Lunatic asylums Madras 1877-1891 - 1877-1891
Year: 1877
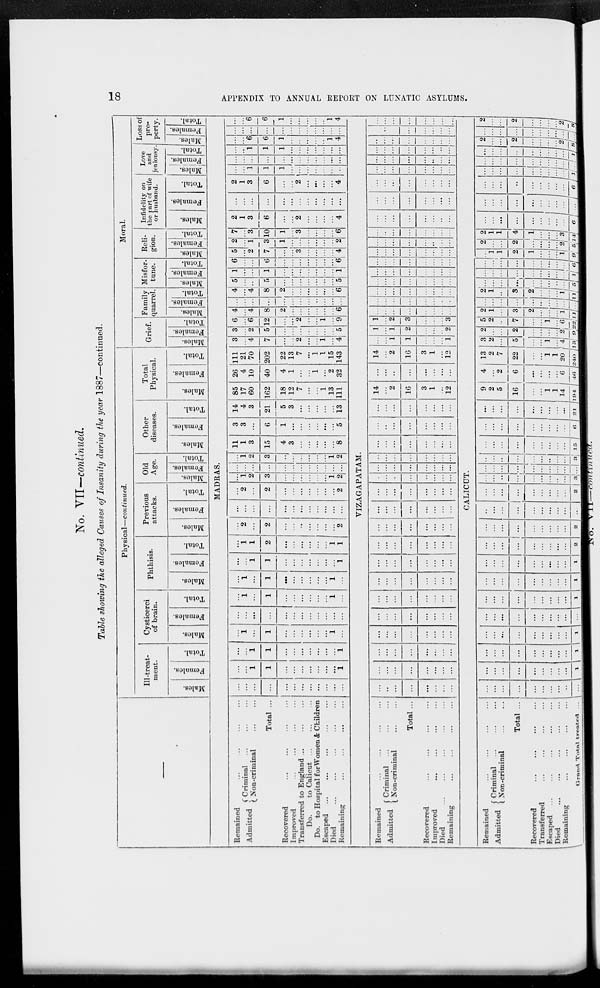
18
APPENDIX TO ANNUAL REPORT ON LUNATIC ASYLUMS.
No. VII—continued.
Table showing the alleged Causes of Insanity during the year 1887—continued.
—
Physical—continued.
Ill-treat-
ment.
Males.
Females.
Total.
Cysticerci
of brain.
Males.
Females.
Total.
Phthisis.
Males.
Females.
Total.
Previous
attacks.
Males.
Females.
Total.
Males.
Old
Age.
Females.
Total.
Other
diseases.
Males.
Females.
Total.
Total
Physical.
Males.
Females.
Total.
Moral.
Grief.
Males.
Females.
Total.
Family
quarrel.
Males.
Females.
Total.
Misfor-
tune.
Males.
Females.
Total.
Reli-
gion.
Males.
Females.
Total.
Infidelity on
the part of wife
or husband.
Males.
Females.
Total.
Love
and
jealousy
Males.
Females.
Total.
Loss of
pro-
perty.
Males.
Females.
Total.
MADRAS.
Remained ... ... ... ...
Admitted
Criminal ... ... ...
Non-criminal ... ...
Total ...
Recovered
...
...
...
...
Improved ... ... ... ...
Transferred to England
...
...
...
Do.
to Calicut ... ... ...
Do. to Hospital for Women & Children
Escaped ... ... ... ... ...
Died
...
...
...
...
...
Remaining ... ... ... ...
...
...
...
...
...
...
...
...
...
...
...
...
...
...
1
1
...
...
...
...
...
...
...
1
...
...
1
1
...
...
...
...
...
...
...
1
...
1
...
1
...
...
...
...
...
...
1
...
...
...
...
...
...
...
...
...
...
...
...
...
...
1
...
1
...
...
...
...
...
...
1
...
...
1
...
1
...
...
...
...
...
...
1
...
...
...
1
1
...
...
...
...
...
...
...
1
...
1
1
2
...
...
...
...
...
...
1
1
...
2
...
2
...
...
...
...
...
...
...
2
...
...
...
...
...
...
...
...
...
...
...
...
...
2
...
2
...
...
...
...
...
...
...
2
...
1
2
3
...
...
...
...
...
...
1
2
...
...
...
...
...
...
...
...
...
...
...
...
...
1
2
3
...
...
...
...
...
...
1
2
11
1
3
15
4
3
...
...
...
...
...
8
3
3
...
6
1
...
...
...
...
...
...
5
14
4
3
21
5
3
...
...
...
...
...
13
85
17
60
162
18
12
7
...
...
1
13
111
26
4
10
40
4
1
...
...
1
...
2
32
111
21
70
202
22
13
7
...
1
1
15
143
3
...
4
7
...
...
2
...
...
1
...
4
3
...
2
5
...
...
...
...
...
...
...
5
6
...
6
12
...
...
2
...
...
1
...
9
4
...
4
8
2
...
...
...
...
...
...
6
...
...
...
...
...
...
...
...
...
...
...
...
4
...
4
8
2
...
...
...
...
...
...
6
5
...
...
5
...
...
...
...
...
...
...
5
1
...
...
1
...
...
...
...
...
...
...
1
6
...
...
6
...
...
...
...
...
...
...
6
5
...
2
7
...
...
3
...
...
...
...
4
2
...
1
3
1
...
...
...
...
...
...
2
7
...
3
10
1
...
3
...
...
...
...
6
2
1
3
6
...
...
2
...
...
...
...
4
...
...
...
...
...
...
...
...
...
...
...
...
2
1
3
6
...
...
2
...
...
...
...
4
...
...
1
1
1
...
...
...
...
...
...
...
...
...
...
...
...
...
...
...
...
...
...
...
...
...
1
1
1
...
...
...
...
...
...
...
...
...
6
6
1
...
...
...
...
...
1
4
...
...
...
...
...
...
...
...
...
...
...
...
...
...
6
6
1
...
...
...
...
...
1
4
VIZAGAPATAM.
Remained ... ... ... ...
Admitted
Criminal ... ... ...
Non-criminal
...
...
Total ...
Recovered
...
...
...
...
Improved
...
...
...
...
Died
...
...
...
...
...
Remaining ... ... ... ...
...
...
...
...
...
...
...
...
...
...
...
...
...
...
...
...
...
...
...
...
...
...
...
...
...
...
...
...
...
...
...
...
...
...
...
...
...
...
...
...
...
...
...
...
...
...
...
...
...
...
...
...
...
...
...
...
...
...
...
...
...
...
...
...
...
...
...
...
...
...
...
...
...
...
...
...
...
...
...
...
...
...
...
...
...
...
...
...
...
...
...
...
...
...
...
...
...
...
...
...
...
...
...
...
...
...
...
...
...
...
...
...
...
...
...
...
...
...
...
...
...
...
...
...
...
...
...
...
...
...
...
...
...
...
...
...
...
...
...
...
...
...
...
...
14
...
2
16
3
1
...
12
...
...
...
...
...
...
...
...
14
...
2
16
3
1
...
12
...
...
1
1
...
...
...
1
1
...
1
2
...
...
...
2
1
...
2
3
...
...
...
3
...
...
...
...
...
...
...
...
...
...
...
...
...
...
...
...
...
...
...
...
...
...
...
...
...
...
...
...
...
...
...
...
...
...
...
...
...
...
...
...
...
...
...
...
...
...
...
...
...
...
...
...
...
...
...
...
...
...
...
...
...
...
...
...
...
...
...
...
...
...
...
...
...
...
...
...
...
...
...
...
...
...
...
...
...
...
...
...
...
...
...
...
...
...
...
...
...
...
...
...
...
...
...
...
...
...
...
...
...
...
...
...
...
...
...
...
...
...
...
...
...
...
...
...
...
...
...
...
...
...
...
...
...
...
...
...
...
...
...
...
...
...
...
...
CALICUT.
Remained ... ... ... ...
Admitted
Criminal ... ... ...
Non-criminal ... ...
Total ...
Recovered
... ... ...
...
Transferred
...
...
...
...
Escaped
...
...
...
...
...
Died
...
...
...
...
...
Remaining ... ... ... ...
Grand Total treated ...
...
...
...
...
...
...
...
...
...
...
...
...
...
...
...
...
...
...
...
1
...
...
...
...
...
...
...
...
...
1
...
...
...
...
...
...
...
...
...
1
...
...
...
...
...
...
...
...
...
...
...
...
...
...
...
...
...
...
...
1
...
...
...
...
...
...
...
...
...
1
...
...
...
...
...
...
...
...
...
1
...
...
...
...
...
...
...
...
...
2
...
...
...
...
...
...
...
...
...
2
...
...
...
...
...
...
...
...
...
...
...
...
...
...
...
...
...
...
...
2
...
...
...
...
...
...
...
...
...
3
...
...
...
...
...
...
...
...
...
...
...
...
...
...
...
...
...
...
...
3
...
...
...
...
...
...
...
...
...
15
...
...
...
...
...
...
...
...
...
6
...
...
...
...
...
...
...
...
...
21
9
2
5
16
...
...
1
1
14
194
4
...
2
6
...
...
...
...
6
46
13
2
7
22
...
...
1
1
20
240
3
2
...
5
...
...
1
...
4
13
2
...
...
2
...
...
...
...
2
9
5
2
...
7
...
...
1
...
6 22
2
1
...
3
2
...
...
...
1
11
...
...
...
...
...
...
...
...
...
...
2
1
...
3
2
... ...
...
1
11
...
...
...
...
...
...
...
...
...
5
...
...
...
...
...
...
...
...
...
1
...
...
...
...
...
...
...
...
...
6
...
1
1
2
1
...
...
...
1
9
2
...
...
2
...
...
...
...
2
5
2
1
1
4
1
...
...
...
3
14
...
...
...
...
...
...
...
...
...
6
...
...
...
...
...
...
...
...
...
...
...
...
...
...
...
...
...
...
...
6
...
...
...
...
...
...
...
...
...
1
...
...
...
...
...
...
...
....
...
...
...
...
...
...
...
...
...
...
...
1
2
...
...
2
...
...
...
...
2 8
...
...
...
...
...
...
...
...
...
...
2
...
...
2
...
...
...
...
2
8